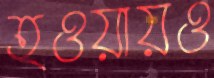
হওয়ায়ও